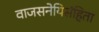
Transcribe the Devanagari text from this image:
वाजसनेयिसंहिता